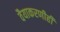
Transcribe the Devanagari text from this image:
वैयाकरणीही